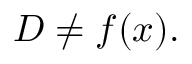
D \neq f ( x ) .